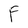
Character: F